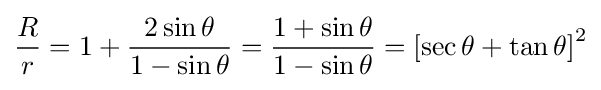
{\frac {R}{r}}=1+{\frac {2\sin \theta }{1-\sin \theta }}={\frac {1+\sin \theta }{1-\sin \theta }}=\left[\sec \theta +\tan \theta \right]^{2}